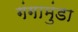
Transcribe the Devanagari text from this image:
गंगामुंडा